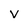
Character: v